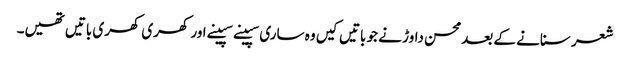
شعر سنانے کے بعد محسن داوڑ نے جو باتیں کیں وہ ساری سپینے سپینے اور کھری کھری باتیں تھیں۔